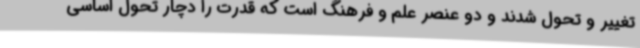
تغییر و تحول شدند و دو عنصر علم و فرهنگ است که قدرت را دچار تحول اساسی